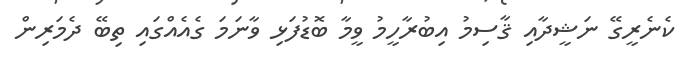
ކެނެރީގޭ ނަޝީދާއި ޤާސިމު އިބުރާހީމު ވީމާ ބޮޑުފަޅި ވާނަމަ ގެއެއްގައި ތިބޭ ދެމަރިން